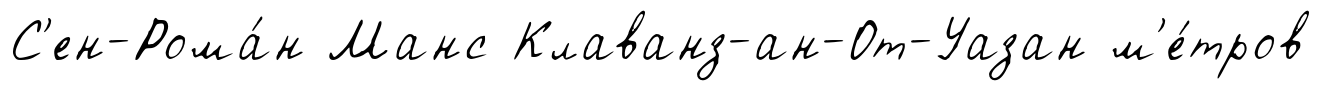
С'ен-Рома́н Манс Клаванз-ан-От-Уазан м'е́тров